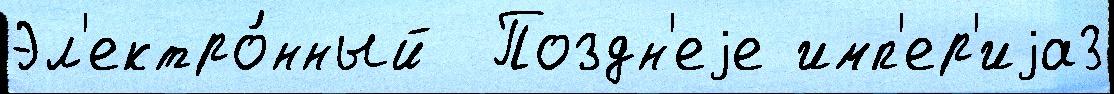
Эл'ектро́нный  Поздн'еjе имп'ер'иjа3